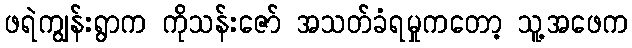
ဖရဲကျွန်းရွာက ကိုသန်းဇော် အသတ်ခံရမှုကတော့ သူ့အဖေက